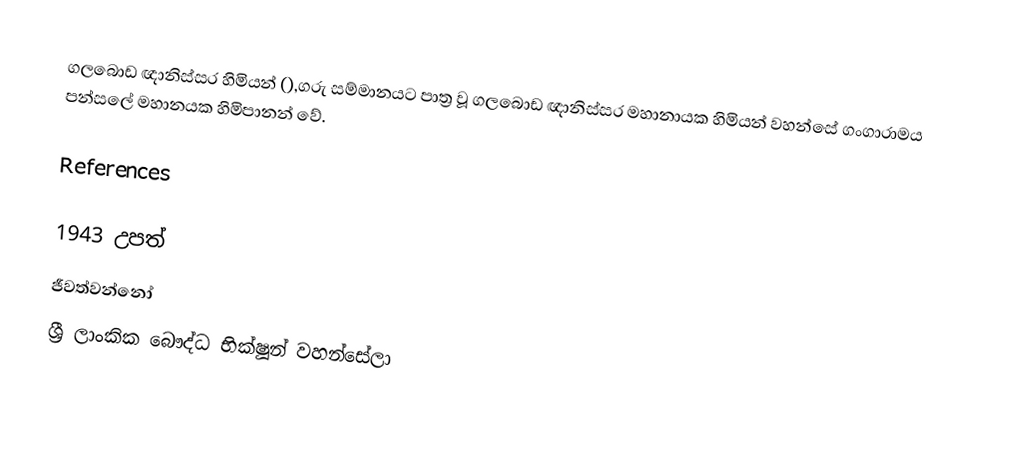
ගලබොඩ ඥානිස්සර හිමියන් (),ගරු සම්මානයට පාත්‍ර වූ ගලබොඩ ඥානිස්සර මහානායක හිමියන් වහන්සේ ගංගාරාමය පන්සලේ මහානයක හිමිපානන් වේ.

References

 1943 උපත්
ජීවත්වන්නෝ
ශ්‍රී ලාංකික බෞද්ධ භික්ෂූන් වහන්සේලා